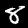
Digit: 8